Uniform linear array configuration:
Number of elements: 64
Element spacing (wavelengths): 0.75
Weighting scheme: hamming
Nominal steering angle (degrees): -60
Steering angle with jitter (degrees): -61.749
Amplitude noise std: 0.05
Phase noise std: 0.05

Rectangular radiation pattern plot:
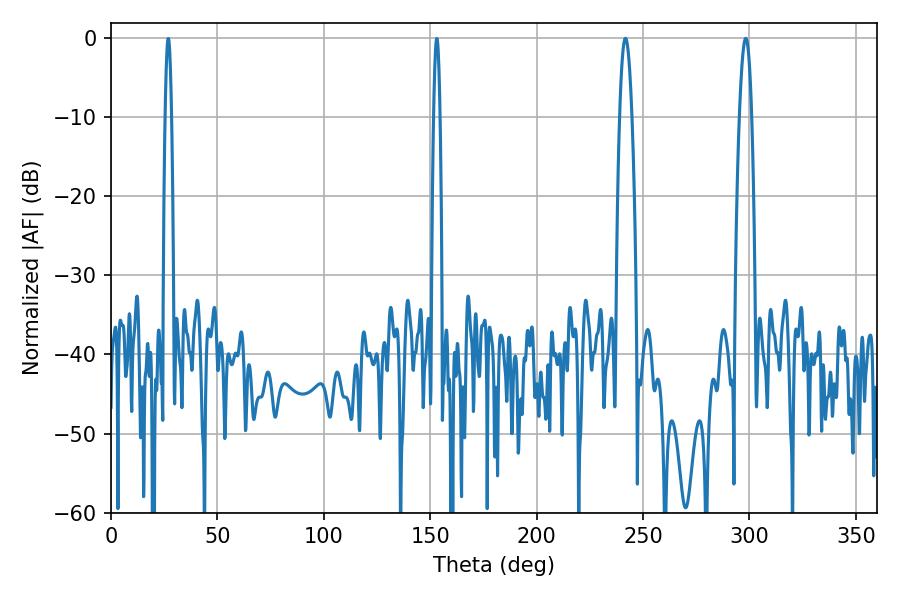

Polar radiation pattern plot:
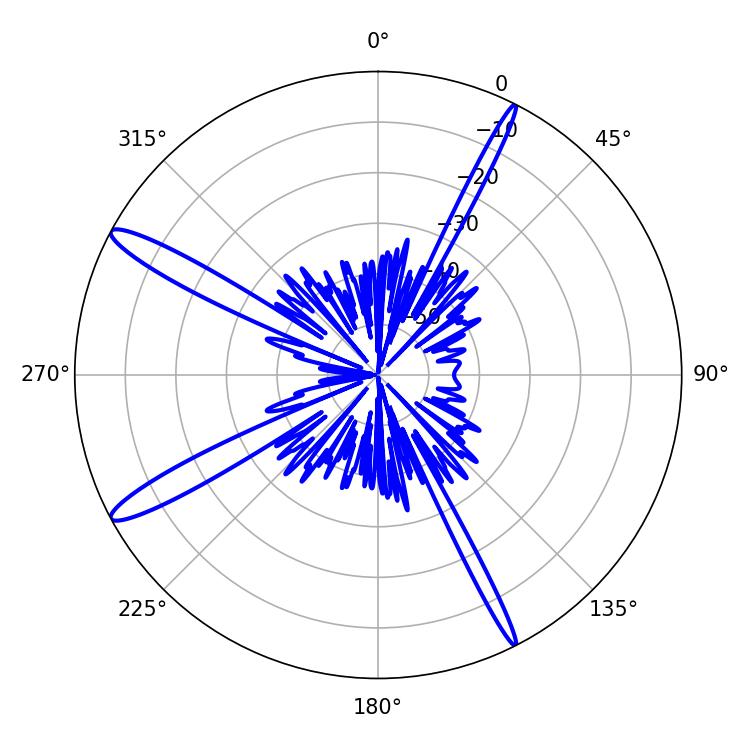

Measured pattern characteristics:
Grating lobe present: TRUE
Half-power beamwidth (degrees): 3.06
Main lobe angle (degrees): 241.74